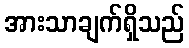
အားသာချက်ရှိသည်